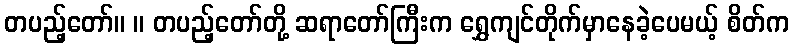
တပည့်တော်။ ။ တပည့်တော်တို့ ဆရာတော်ကြီးက ရွှေကျင်တိုက်မှာနေခဲ့ပေမယ့် စိတ်က